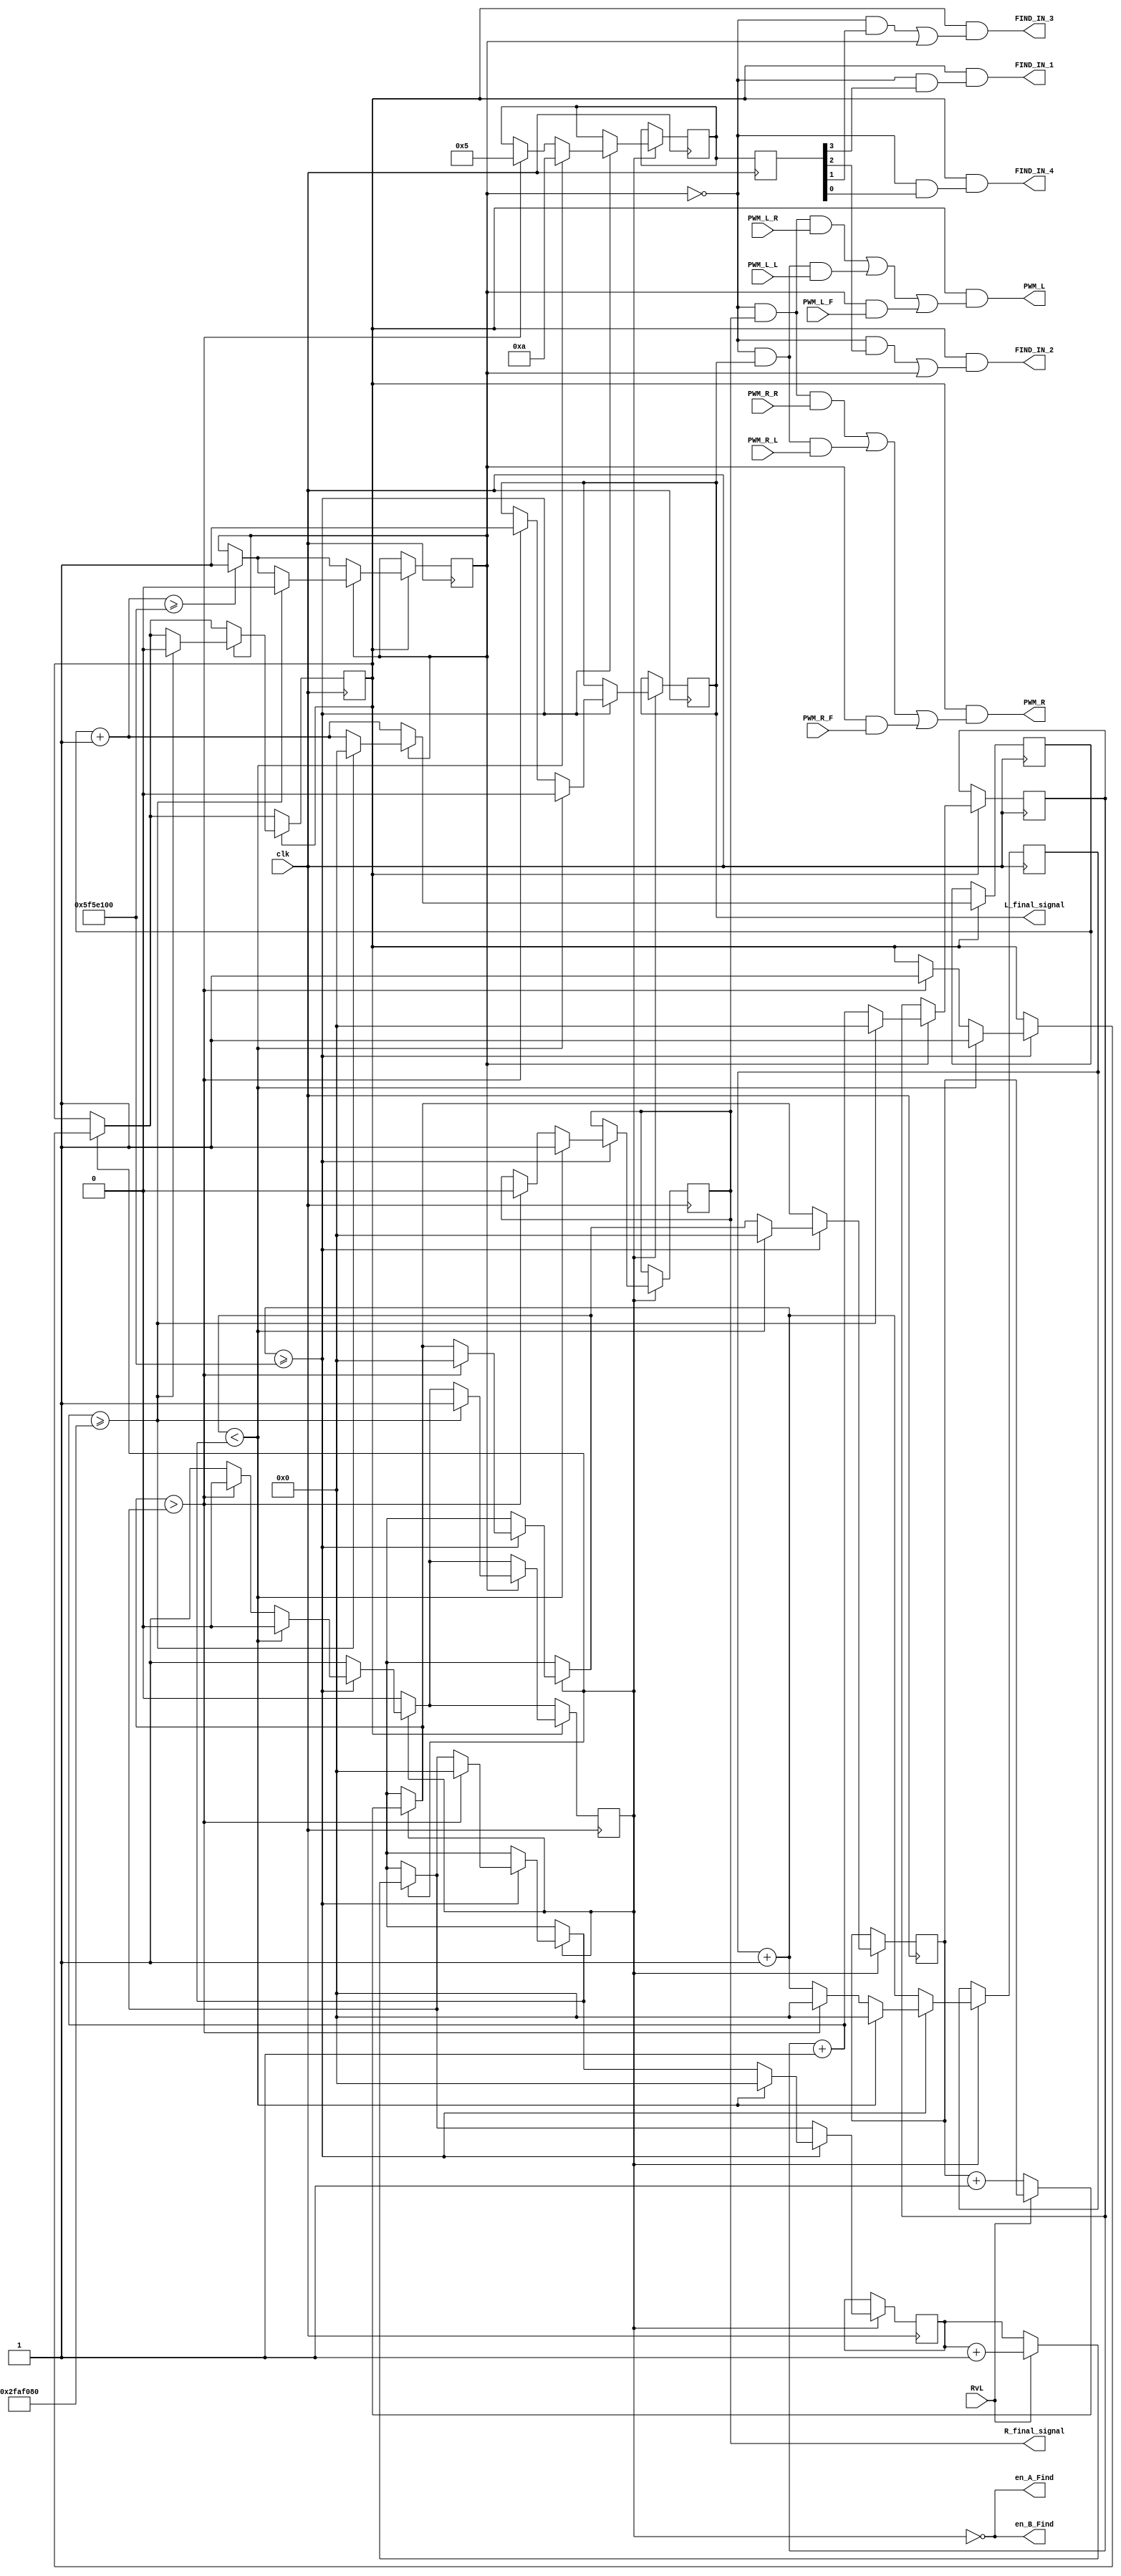
module Start_Stop_Find_Ball(
    input RvL,
    input clk,

    input PWM_R_F,
    input PWM_L_F,
    input PWM_R_R,
    input PWM_L_R,
    input PWM_R_L,
    input PWM_L_L,
    

    output FIND_IN_1,
    output FIND_IN_2,
    output FIND_IN_3,
    output FIND_IN_4,
    
    
    output PWM_R,
    output PWM_L,

    output en_A_Find,
    output en_B_Find,
    
    output R_final_signal,  
    output L_final_signal
   
    
    );

reg sample = 1;          // turns off motors to allow for the mics to correctly sample
reg sample_NEW = 1;

reg [28:0]turn_timer = 0;    // time allowed to turn
reg [28:0]forward_timer = 0;  // time allowed to move forward

reg start_turn = 0;   // flag that starts turning
reg start_turn_NEW = 0;

reg Turn_V_Straight = 0;
reg Turn_V_Straight_NEW = 0;
reg [28:0]Right_Tracker = 0;
reg [28:0]Left_tracker = 0;
reg [28:0]sample_count = 0;

parameter [1:4]Forward_IN = 4'b0110;

reg [1:4]Turn_IN = 4'b0000;
reg [1:4]Turn_IN_NEW = 4'b0000;

reg Right_final = 0;
reg Left_final = 0;
reg Right_final_NEW = 0;
reg Left_final_NEW = 0;

always@(posedge clk)begin
    if (sample) begin
    //check if RvL is greater in a set time period
    //after 3s or 3_000_000 clk cycles of sample_count
        sample_count = sample_count + 1;
        if (~RvL) begin
            Left_tracker = Left_tracker + 1;
        end
    
        if(RvL) begin
            Right_Tracker = Right_Tracker + 1;
        end
    
        if (sample_count >= 100000000)begin
          if (Left_tracker > Right_Tracker) begin
            Turn_IN_NEW <= 4'b0101;
            start_turn_NEW = 1;
            sample_NEW = 0;
            sample_count <= 0;
            Right_final_NEW = 0;
            Left_final_NEW = 1;
            Left_tracker = 0;
            Right_Tracker = 0;
            end

          if (Left_tracker < Right_Tracker)begin
            Turn_IN_NEW <= 4'b1010;
            start_turn_NEW = 1;
            sample_NEW = 0;
            sample_count <= 0;
            Right_final_NEW = 1;
            Left_final_NEW = 0;
            Left_tracker = 0;
            Right_Tracker = 0;
           end
   
        end
        
    end    
    
    

if (start_turn)begin

   turn_timer = turn_timer + 1;

   if (turn_timer >= 100000000)begin
       Turn_V_Straight_NEW = 1;
    end
   
   if(Turn_V_Straight)begin
        forward_timer = forward_timer + 1;
        
        if (forward_timer >= 50000000) begin
            turn_timer =0;
            forward_timer = 0;
            sample_NEW = 1;
            start_turn_NEW = 0;
            Turn_V_Straight_NEW = 0;
        end 
   end
   
   
end

        sample = sample_NEW;
        Right_final = Right_final_NEW;
        Left_final = Left_final_NEW;
        Turn_IN = Turn_IN_NEW;
        Turn_V_Straight = Turn_V_Straight_NEW;
        start_turn = start_turn_NEW;

end


assign  FIND_IN_1 = start_turn & ((~Turn_V_Straight  & Turn_IN[1]) | (Turn_V_Straight & Forward_IN[1]));
assign  FIND_IN_2 = start_turn & ((~Turn_V_Straight &  Turn_IN[2]) | (Turn_V_Straight & Forward_IN[2]));
assign  FIND_IN_3 = start_turn & ((~Turn_V_Straight &  Turn_IN[3]) | (Turn_V_Straight & Forward_IN[3]));
assign  FIND_IN_4 = start_turn & ((~Turn_V_Straight &  Turn_IN[4]) | (Turn_V_Straight & Forward_IN[4]));

assign en_A_Find = ~sample;
assign en_B_Find = ~sample;

assign PWM_R = start_turn & ((~Turn_V_Straight & Right_final & PWM_R_R) | (~Turn_V_Straight & Left_final & PWM_R_L) | (Turn_V_Straight & PWM_R_F));
assign PWM_L = start_turn & ((~Turn_V_Straight & Right_final & PWM_L_R) | (~Turn_V_Straight & Left_final & PWM_L_L) | (Turn_V_Straight & PWM_L_F));

assign R_final_signal = Right_final;
assign L_final_signal = Left_final;

endmodule